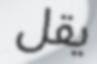
يقل